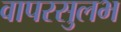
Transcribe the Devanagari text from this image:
वापरसुलभ